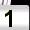
Digit: 1